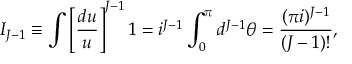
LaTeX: I _ { J - 1 } \equiv \int \left[ \frac { d u } { u } \right] ^ { J - 1 } 1 = i ^ { J - 1 } \int _ { 0 } ^ { \pi } d ^ { J - 1 } \theta = \frac { ( \pi i ) ^ { J - 1 } } { ( J - 1 ) ! } ,